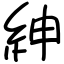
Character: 紳